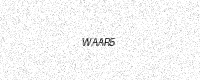
Text: WAAR5